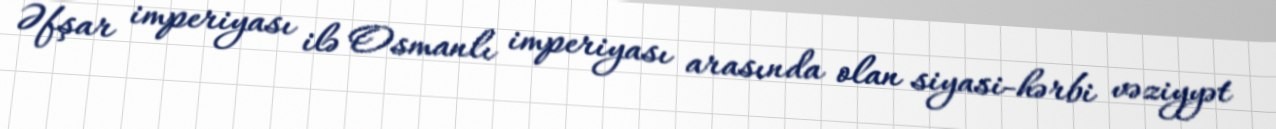
Əfşar imperiyası ilə Osmanlı imperiyası arasında olan siyasi-hərbi vəziyyət